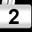
Digit: 2